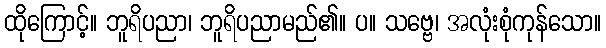
ထိုကြောင့်။ ဘူရိပညာ၊ ဘူရိပညာမည်၏။ ပ။ သဗ္ဗေ၊ အလုံးစုံကုန်သော။